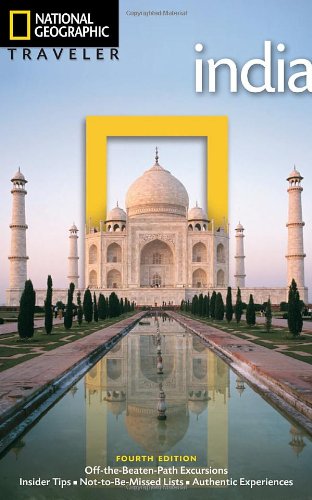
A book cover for National Geographic Traveler: India, 4th Edition; Louise Nicholson; Travel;